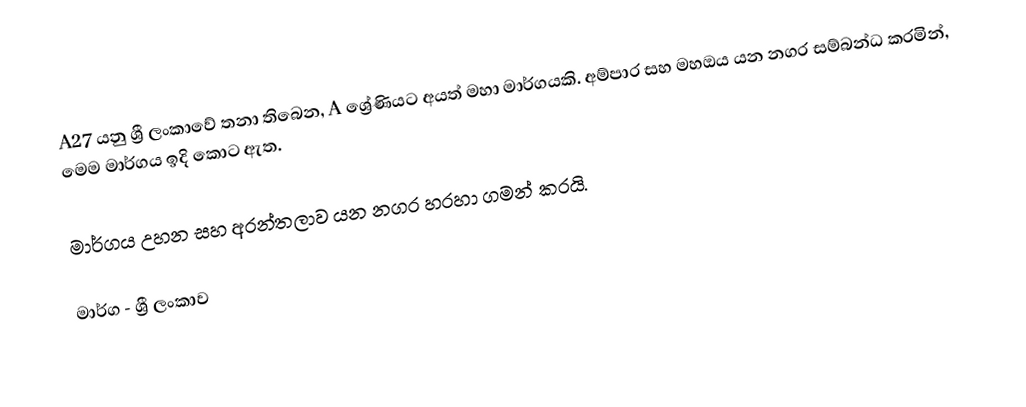
A27 යනු ශ්‍රී ලංකාවේ  තනා තිබෙන, A ශ්‍රේණියට අයත් මහා මාර්ගයකි. අම්පාර සහ මහඔය යන නගර සම්බන්ධ කරමින්, මෙම මාර්ගය ඉදි කොට ඇත.

මාර්ගය උහන සහ අරන්තලාව යන නගර හරහා ගමන් කරයි.

මාර්ග - ශ්‍රී ලංකාව